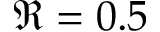
\Re = 0 . 5